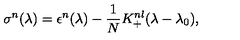
\sigma ^ { n } ( \lambda ) = \epsilon ^ { n } ( \lambda ) - { \frac { 1 } { N } } K _ { + } ^ { n l } ( \lambda - \lambda _ { 0 } ) ,